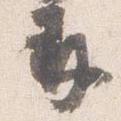
并